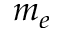
m _ { e }